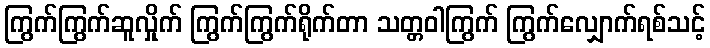
ကြွက်ကြွက်ဆူလှိုက် ကြွက်ကြွက်ရိုက်တာ သတ္တဝါကြွက် ကြွက်လျှောက်ရစ်သင့်